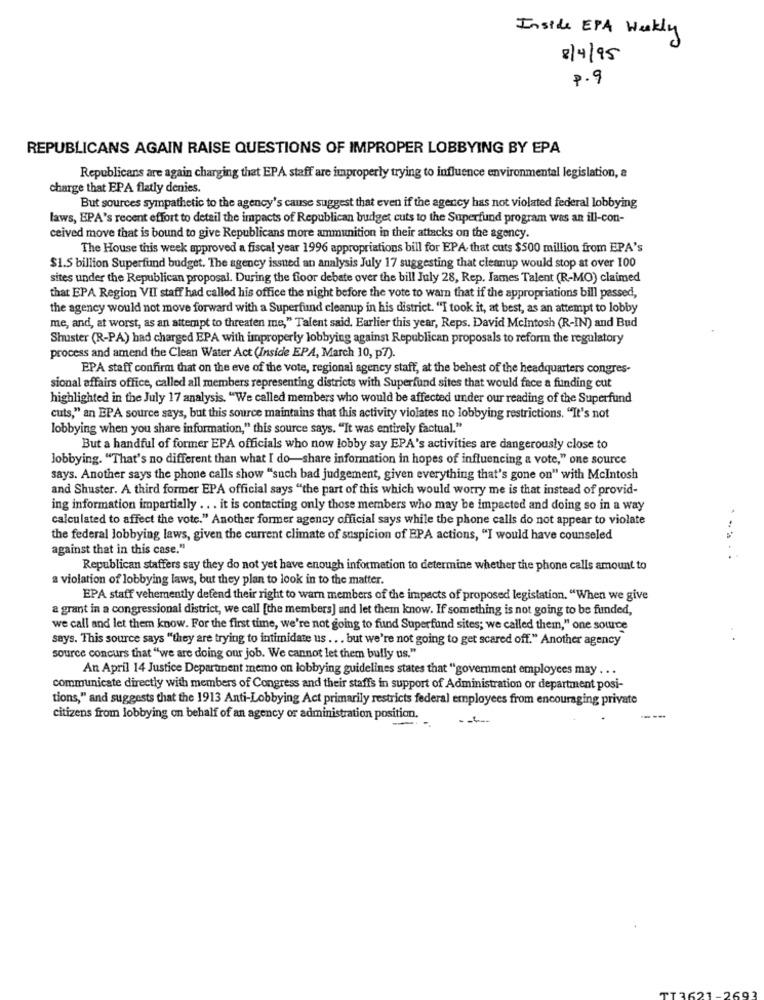
Inside EPA Weekly
8/4/95
P.9
REPUBLICANS AGAIN RAISE QUESTIONS OF IMPROPER LOBBYING BY EPA
Republicans are again charging that EPA staff are improperly trying to influence environmental legislation, a
charge that EPA flatly denies.
But sources sympathetic to the agency's cause suggest that even if the agency has not violated federal lobbying
laws, EPA's recent effort to detail the impacts of Republican budget cuts to the Superfund program was an ill-con-
ceived move that is bound to give Republicans more ammunition in their attacks on the agency.
The House this week approved a fiscal year 1996 appropriations bill for EPA- that cuts $500 million from EPA's
$1.5 billion Superfund budget. The agency issued an analysis July 17 suggesting that cleanup would stop at over 100
sites under the Republican proposal. During the floor debate over the bill July 28, Rep. James Talent (R-MO) claimed
that EPA Region VII staff had called his office the night before the vote to war that if the appropriations bill passed,
the agency would not move forward with a Superfund cleanup in his district. "I took it, at best, as an attempt to lobby
me, and, at worst, as an attempt to threaten me," Talent said, Earlier this year, Reps. David Mcintosh (R-IN) and Bud
Shuster (R-PA) had charged EPA with improperly lobbying against Republican proposals to reform the regulatory
process and amend the Clean Water Act (Inside EPA, March 10, p7)
EPA staff confirm that on the eve of the vote, regional agency staff, at the behest of the headquarters congres-
sional affairs office, called all members representing districts with Superfund sites that would face a funding cut
highlighted in the July 17 analysis. "We called members who would be affected under our reading of the Superfund
cuts," an EPA source says, but this source maintains that this activity violates no lobbying restrictions. "It's not
lobbying when you share information," this source says. "It was entirely factual."
But a handful of former EPA officials who now lobby say EPA's activities are dangerously close to
lobbying. "That's no different than what I do-share information in hopes of influencing a vote," one source
says. Another says the phone calls show "such bad judgement, given everything that's gone on" with McIntosh
and Shuster. A third former EPA official says "the part of this which would worry me is that instead of provid-
ing information impartially ... it is contacting only those members who may be impacted and doing so in a way
calculated to affect the vote." Another former agency official says while the phone calls do not appear to violate
the federal lobbying laws, given the current climate of suspicion of EPA actions, "I would have counseled
against that in this case."
Republican staffers say they do not yet have enough information to determine whether the phone calls amount to
a violation of lobbying laws, but they plan to look in to the matter.
EPA staff vehemently defend their right to warn members of the impacts of proposed legislation. "When we give
a grant in a congressional district, we call [the members] and let them know. If something is not going to be funded,
we call and let them know. For the first time, we're not going to fund Superfund sites; we called them," one source
says. This source says "they are trying to intimidate us ... but we're not going to get scared off." Another agency
source concurs that "we are doing our job. We cannot let them bully us."
An April 14 Justice Department memo on lobbying guidelines states that "government employees may ...
communicate directly with members of Congress and their staffs in support of Administration or department posi-
tions," and suggests that the 1913 Anti-Lobbying Act primarily restricts federal employees from encouraging private
citizens from lobbying on behalf of an agency or administration position.
----
--